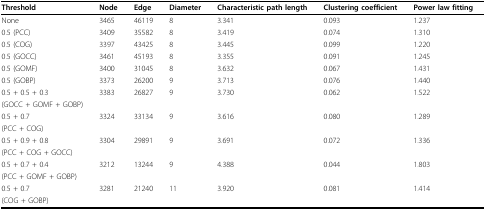
<table><thead><tr><td><b>Threshold</b></td><td><b>Node</b></td><td><b>Edge</b></td><td><b>Diameter</b></td><td><b>Characteristic path length</b></td><td><b>Clustering coefficient</b></td><td><b>Power law fitting</b></td></tr></thead><tbody><tr><td>None</td><td>3465</td><td>46119</td><td>8</td><td>3.341</td><td>0.093</td><td>1.237</td></tr><tr><td>0.5 (PCC)</td><td>3409</td><td>35582</td><td>8</td><td>3.419</td><td>0.074</td><td>1.310</td></tr><tr><td>0.5 (COG)</td><td>3397</td><td>43425</td><td>8</td><td>3.445</td><td>0.099</td><td>1.220</td></tr><tr><td>0.5 (GOCC)</td><td>3461</td><td>45193</td><td>8</td><td>3.355</td><td>0.091</td><td>1.245</td></tr><tr><td>0.5 (GOMF)</td><td>3400</td><td>31045</td><td>8</td><td>3.632</td><td>0.067</td><td>1.431</td></tr><tr><td>0.5 (GOBP)</td><td>3373</td><td>26200</td><td>9</td><td>3.713</td><td>0.076</td><td>1.440</td></tr><tr><td>0.5 + 0.5 + 0.3</td><td>3383</td><td>26827</td><td>9</td><td>3.730</td><td>0.062</td><td>1.522</td></tr><tr><td>(GOCC + GOMF + GOBP)</td><td></td><td></td><td></td><td></td><td></td><td></td></tr><tr><td>0.5 + 0.7</td><td>3324</td><td>33134</td><td>9</td><td>3.616</td><td>0.080</td><td>1.289</td></tr><tr><td>(PCC + COG)</td><td></td><td></td><td></td><td></td><td></td><td></td></tr><tr><td>0.5 + 0.9 + 0.8</td><td>3304</td><td>29891</td><td>9</td><td>3.691</td><td>0.072</td><td>1.336</td></tr><tr><td>(PCC + COG + GOCC)</td><td></td><td></td><td></td><td></td><td></td><td></td></tr><tr><td>0.5 + 0.7 + 0.4</td><td>3212</td><td>13244</td><td>9</td><td>4.388</td><td>0.044</td><td>1.803</td></tr><tr><td>(PCC + GOMF + GOBP)</td><td></td><td></td><td></td><td></td><td></td><td></td></tr><tr><td>0.5 + 0.7</td><td>3281</td><td>21240</td><td>11</td><td>3.920</td><td>0.081</td><td>1.414</td></tr><tr><td>(COG + GOBP)</td><td></td><td></td><td></td><td></td><td></td><td></td></tr></tbody></table>